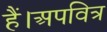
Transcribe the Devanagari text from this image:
हैं।अपवित्र